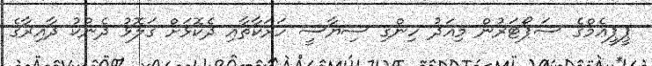
ޕީޕީޢެމްގެ ސަޕޯޓަރުން މިއަދު ހިންގި ސިޔާސީ ހަރަކާތާއި ދެކޮޅަށް ގަލޮޅު ދެނުކު ދާއިރާގެ